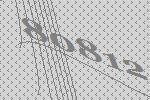
80812